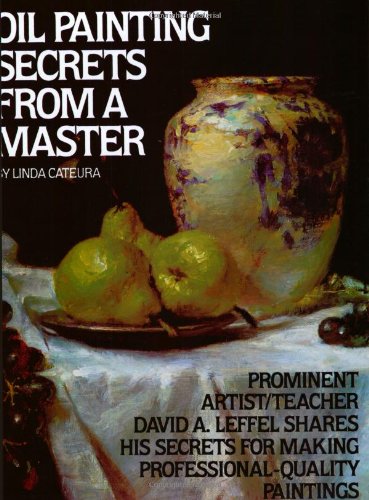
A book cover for Oil Painting Secrets From a Master; Linda Cateura; Arts & Photography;